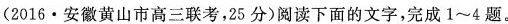
(2016·安徽黄山市高三联考，25分)阅读下面的文字，完成1~4题。